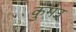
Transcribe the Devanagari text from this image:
कुंगउ